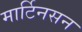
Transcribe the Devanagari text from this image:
मार्टिनसन